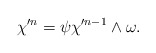
\begin{align*}\chi'^n = \psi \chi'^{n - 1} \wedge \omega.\end{align*}